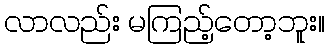
လာလည်း မကြည့်တော့ဘူး။